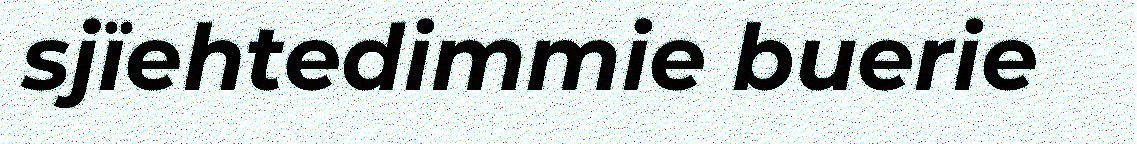
sjïehtedimmie buerie